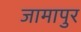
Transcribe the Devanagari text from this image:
जामापुर